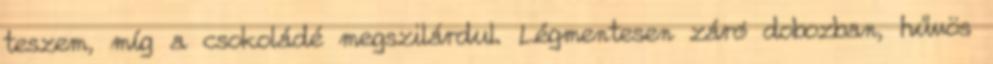
teszem, míg a csokoládé megszilárdul. Légmentesen záró dobozban, hűvös